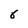
Character: 8